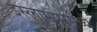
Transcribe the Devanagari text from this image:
इस्लामपूरमध्ये